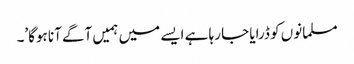
مسلمانوں کو ڈرایا جا رہا ہے ایسے میں ہمیں آگے آنا ہوگا’۔